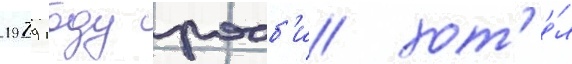
1979 году робб'и хот'е́л